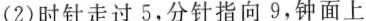
(2)时针走过5，分针指向9，钟面上